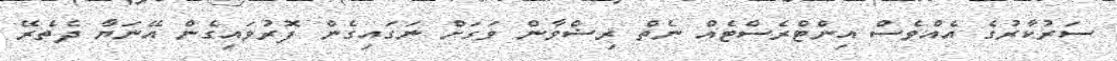
ސަރުކާރުގެ އެއްވެސް އިންޓްރެސްޓެއް ނެތް ރިޟްވާން ވަގަށް ނަގައިގެން ފޮރުވައިގެން އޭނަޔާ ދެތެރޭ